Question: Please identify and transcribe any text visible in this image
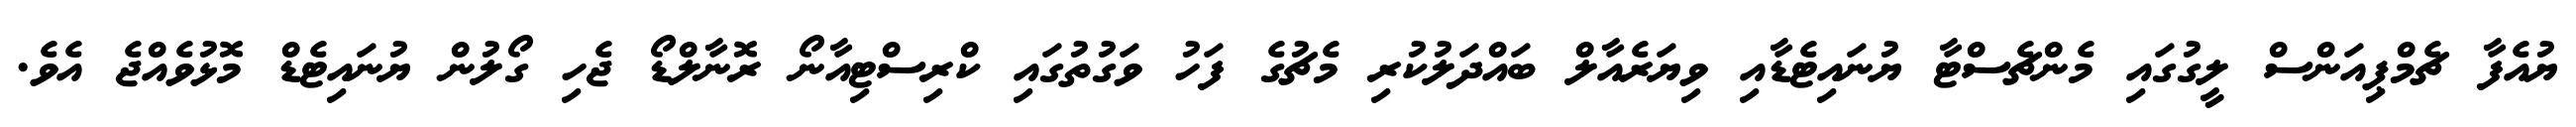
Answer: ޔުއެފާ ޗެމްޕިއަންސް ލީގުގައި މެންޗެސްޓާ ޔުނައިޓެޑާއި ވިޔަރެއާލް ބައްދަލުކުރި މެޗުގެ ފަހު ވަގުތުގައި ކްރިސްޓިއާނޯ ރޮނާލްޑޯ ޖެހި ގޯލުން ޔުނައިޓެޑް މޮޅުވެއްޖެ އެވެ.